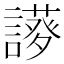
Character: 𧬝